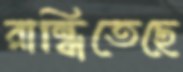
রান্ধিতেছে